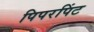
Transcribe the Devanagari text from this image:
पिपरपिंट